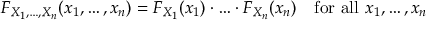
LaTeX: F _ { X _ { 1 } , \ldots , X _ { n } } ( x _ { 1 } , \ldots , x _ { n } ) = F _ { X _ { 1 } } ( x _ { 1 } ) \cdot \ldots \cdot F _ { X _ { n } } ( x _ { n } ) \quad { \mathrm { f o r ~ a l l ~ } } x _ { 1 } , \ldots , x _ { n }